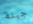
جبنة